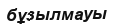
бұзылмауы